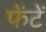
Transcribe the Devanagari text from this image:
फेंटें